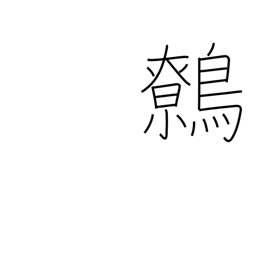
Meaning: wren